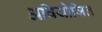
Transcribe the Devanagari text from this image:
अवियोजित